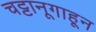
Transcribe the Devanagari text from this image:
चट्टानूगाहून